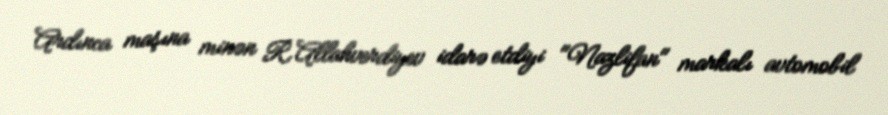
Ardınca maşına minən R.Allahverdiyev idarə etdiyi "Nazlifan" markalı avtomobil